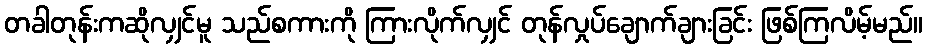
တခါတုန်းကဆိုလျှင်မူ သည်စကားကို ကြားလိုက်လျှင် တုန်လှုပ်ချောက်ချားခြင်း ဖြစ်ကြလိမ့်မည်။